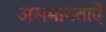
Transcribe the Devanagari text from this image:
असमानताऐं